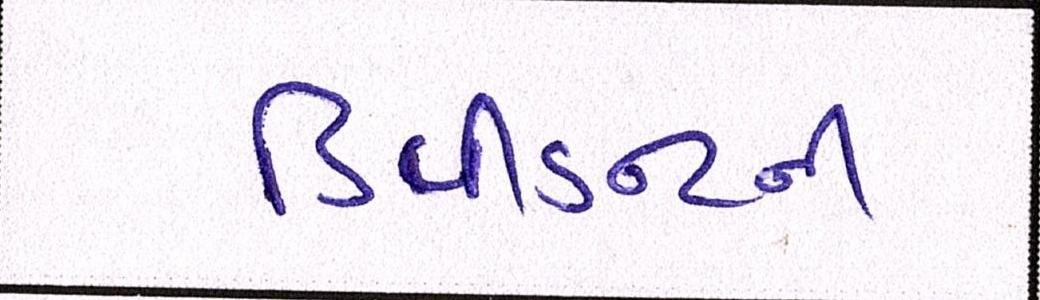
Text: ડિવીડન્ટની